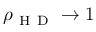
\rho _ { \mathrm { ~ H ~ D ~ } } \rightarrow 1